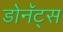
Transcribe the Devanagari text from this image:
डोनॅट्स